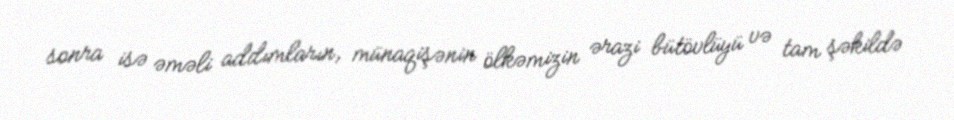
sonra isə əməli addımların, münaqişənin ölkəmizin ərazi bütövlüyü və tam şəkildə